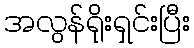
အလွန်ရိုးရှင်းပြီး